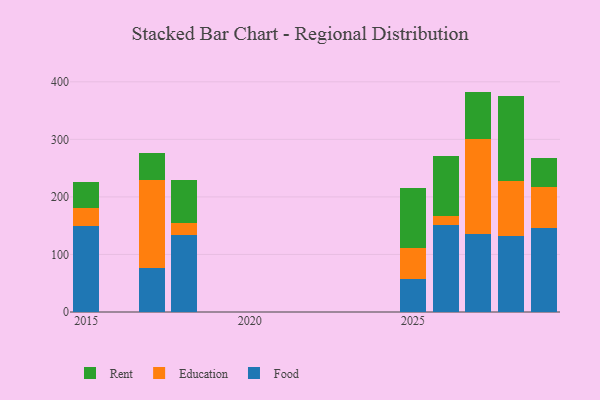
{"axis": {"x": "Year", "y": "Temperature (°C)"}, "legend": ["Education", "Food", "Rent"], "data": [{"x": "2028", "y": 132.8, "type": "Food"}, {"x": "2028", "y": 94.7, "type": "Education"}, {"x": "2028", "y": 148.0, "type": "Rent"}, {"x": "2017", "y": 76.9, "type": "Food"}, {"x": "2017", "y": 153.0, "type": "Education"}, {"x": "2017", "y": 46.2, "type": "Rent"}, {"x": "2029", "y": 145.7, "type": "Food"}, {"x": "2029", "y": 72.2, "type": "Education"}, {"x": "2029", "y": 49.2, "type": "Rent"}, {"x": "2015", "y": 149.2, "type": "Food"}, {"x": "2015", "y": 31.0, "type": "Education"}, {"x": "2015", "y": 45.9, "type": "Rent"}, {"x": "2026", "y": 150.8, "type": "Food"}, {"x": "2026", "y": 15.5, "type": "Education"}, {"x": "2026", "y": 105.0, "type": "Rent"}, {"x": "2027", "y": 135.6, "type": "Food"}, {"x": "2027", "y": 164.8, "type": "Education"}, {"x": "2027", "y": 82.6, "type": "Rent"}, {"x": "2025", "y": 57.8, "type": "Food"}, {"x": "2025", "y": 53.5, "type": "Education"}, {"x": "2025", "y": 103.4, "type": "Rent"}, {"x": "2018", "y": 134.4, "type": "Food"}, {"x": "2018", "y": 19.4, "type": "Education"}, {"x": "2018", "y": 76.0, "type": "Rent"}]}